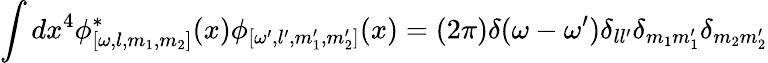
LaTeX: \int dx^{4}\phi_{[\omega,l,m_{1},m_{2}]}^{\ast}(x)\phi_{[\omega^{\prime},l^{\prime},m_{1}^{\prime},m_{2}^{\prime}]}(x)=(2\pi)\delta(\omega-\omega^{\prime})\delta_{ll^{\prime}}\delta_{m_{1}m_{1}^{\prime}}\delta_{m_{2}m_{2}^{\prime}}